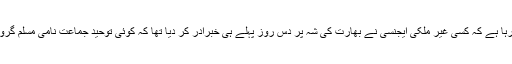
سری لنکن حکومت کے حوالے سے دعویٰ کیا جا رہا ہے کہ کسی غیر ملکی ایجنسی نے بھارت کی شہ پر دس روز پہلے ہی خبرادر کر دیا تھا کہ کوئی توحید جماعت نامی مسلم گروپ چرچوں پر حملے کی منصوبہ بندی کر رہا ہے۔